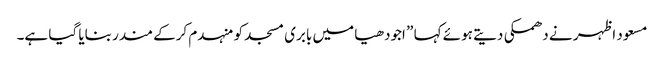
مسعود اظہر نے دھمکی دیتے ہوئے کہا ” اجودھیا میں بابری مسجد کو منہدم کرکے مندر بنایا گیا ہے۔